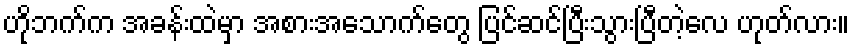
ဟိုဘက်က အခန်းထဲမှာ အစားအသောက်တွေ ပြင်ဆင်ပြီးသွားပြီတဲ့လေ ဟုတ်လား။